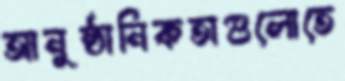
আনুষ্ঠানিকতাগুলোতে